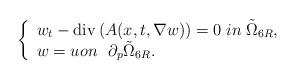
LaTeX: \begin{align*} \left\{ \begin{array}{l} {w_t} - \operatorname{div}\left( {A(x,t,\nabla w)} \right) = 0 \;in\;\tilde{\Omega}_{6R}, \\ w = uon~~\partial_{p}\tilde{\Omega}_{6R}. \\ \end{array} \right. \end{align*}